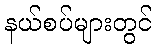
နယ်စပ်များတွင်